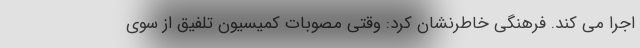
اجرا می کند. فرهنگی خاطرنشان کرد: وقتی مصوبات کمیسیون تلفیق از سوی